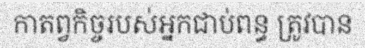
កាតព្វកិច្ចរបស់អ្នកជាប់ពន្ធ ត្រូវបាន